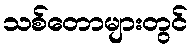
သစ်တောများတွင်